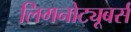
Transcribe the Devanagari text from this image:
लिगनोट्यूबर्स